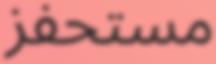
مستحفز